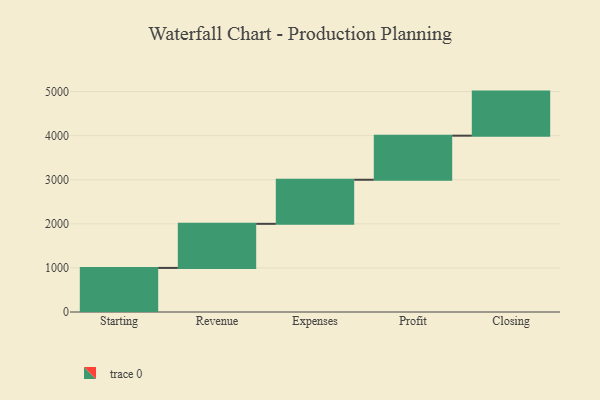
{"axis": {"x": "Step", "y": "Value"}, "legend": [""], "data": [{"x": "Starting", "y": 1000, "type": ""}, {"x": "Revenue", "y": 1000, "type": ""}, {"x": "Expenses", "y": 1000, "type": ""}, {"x": "Profit", "y": 1000, "type": ""}, {"x": "Closing", "y": 1000, "type": ""}]}